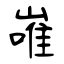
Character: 嶉